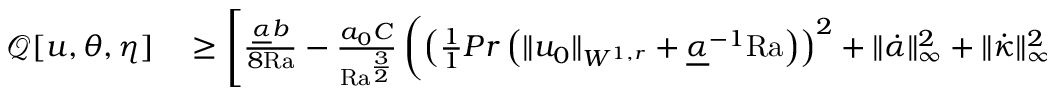
\begin{array} { r l } { \mathcal { Q } [ u , \theta , \eta ] } & { { } \geq \left[ \frac { \underline { { \alpha } } b } { 8 \mathrm { { R a } } } - \frac { a _ { 0 } C } { \mathrm { { R a } } ^ { \frac { 3 } { 2 } } } \left( \left( \frac { 1 } { 1 } { { P r } } \left( \| u _ { 0 } \| _ { W ^ { 1 , r } } + \underline { { \alpha } } ^ { - 1 } \mathrm { { R a } } \right) \right) ^ { 2 } + \| \dot { \alpha } \| _ { \infty } ^ { 2 } + \| \dot { \kappa } \| _ { \infty } ^ { 2 } + 1 \right) \right] \left\langle \| u \| _ { H ^ { 1 } } ^ { 2 } \right\rangle } \end{array}